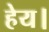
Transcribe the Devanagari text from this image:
हेय।